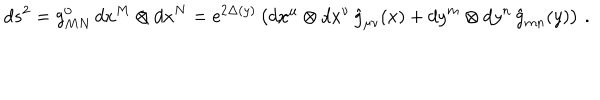
LaTeX: d s ^ { 2 } = g _ { M N } ^ { 0 } \, d x ^ { M } \otimes d x ^ { N } = \mathrm { e } ^ { 2 \Delta ( y ) } \left( d x ^ { \mu } \otimes d x ^ { \nu } \, \hat { g } _ { \mu \nu } ( x ) + d y ^ { m } \otimes d y ^ { n } \, \hat { g } _ { m n } ( y ) \right) \, .